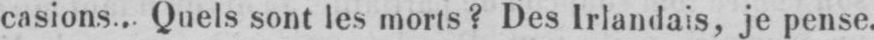
casions... Quels sont les morts? Des Irlandais, je pense.